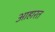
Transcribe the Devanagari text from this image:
आहारत